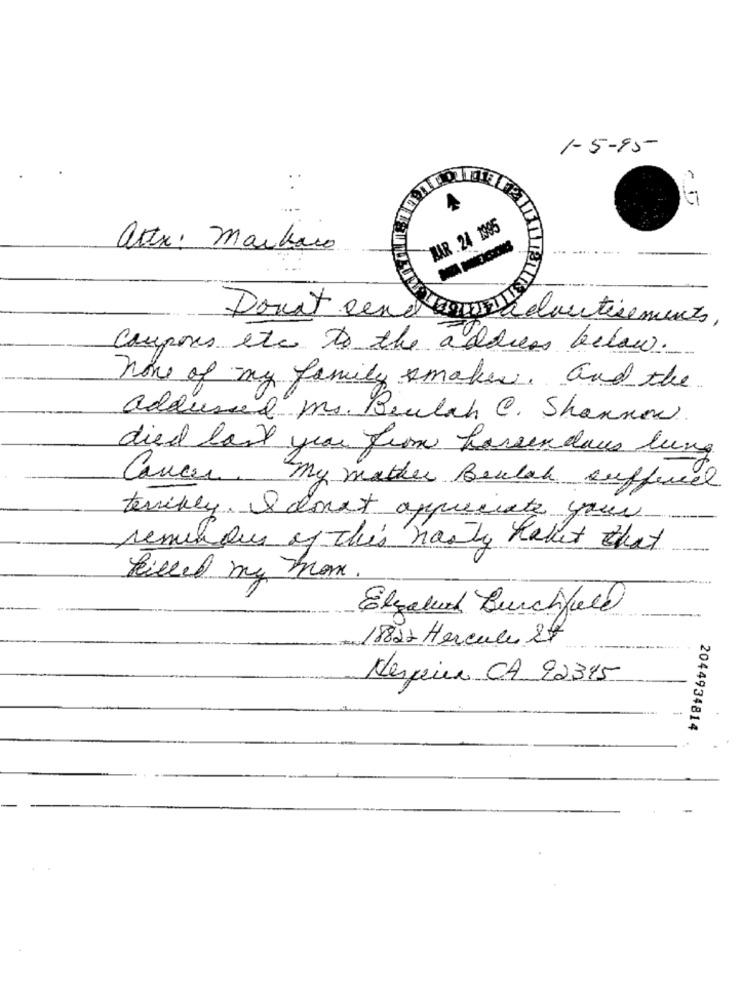
1-5-95
ZAR 24 1995
attx: markaco
Downt Rend
curtisements,
Coupons etc to the address below.
none of my family smaken. and the
addused mr. Beulah C. Shannon
died last year from hansen dans lung
Cancer, my mother Beulah suffered
terribly. I dont appreciate your
reminder of this hanty Kallt that
killed my mom.
Elgaled Bunchfull
1822 Hercule St
Nerpier CA 22345
2044934814